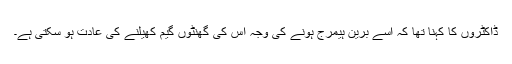
ڈاکٹروں کا کہنا تھا کہ اسے برین ہیمرج ہونے کی وجہ اس کی گھنٹوں گیم کھیلنے کی عادت ہو سکتی ہے۔